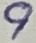
Text: 9